Vaccination in Bombay 1869-1873 - 1869-1873
Year: 1869
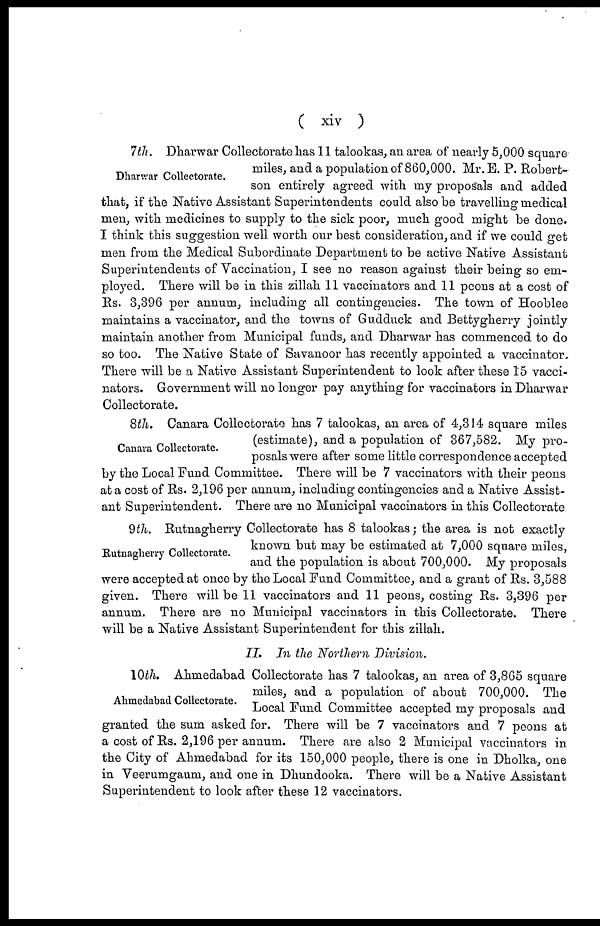
( xiv )
Dharwar Collectorate.
7 th. Dharwar Collectorate has 11 talookas, an area of nearly 5,000 square
miles, and a population of 860,000. Mr. E. P. Robert-
son entirely agreed with my proposals and added
that, if the Native Assistant Superintendents could also be travelling medical
men, with medicines to supply to the sick poor, much good might be done.
I think this suggestion well worth our best consideration, and if we could get
men from the Medical Subordinate Department to be active Native Assistant
Superintendents of Vaccination, I see no reason against their being so em-
ployed. There will be in this zillah 11 vaccinators and 11 peons at a cost of
Rs. 3,396 per annum, including all contingencies. The town of Hooblee
maintains a vaccinator, and the towns of Gudduck and Bettygherry jointly
maintain another from Municipal funds, and Dharwar has commenced to do
so too. The Native State of Savanoor has recently appointed a vaccinator.
There will be a Native Assistant Superintendent to look after these 15 vacci-
nators. Government will no longer pay anything for vaccinators in Dharwar
Collectorate.
Canara Collectorate.
8th. Canara Collectorate has 7 talookas, an area of 4,314 square miles
(estimate), and a population of 367,582. My pro-
posals were after some little correspondence accepted
by the Local Fund Committee. There will be 7 vaccinators with their peons
at a cost of Rs. 2,196 per annum, including contingencies and a Native Assist-
ant Superintendent. There are no Municipal vaccinators in this Collectorate
Rutnagherry Collectorate.
9th. Rutnagherry Collectorate has 8 talookas; the area is not exactly
known but may be estimated at 7,000 square miles,
and the population is about 700,000. My proposals
were accepted at once by the Local Fund Committee, and a grant of Rs. 3,588
given. There will be 11 vaccinators and 11 peons, costing Rs. 3,396 per
annum. There are no Municipal vaccinators in this Collectorate. There
will be a Native Assistant Superintendent for this zillah.
II. In the Northern Division.
Ahmedabad Collectorate.
10th. Ahmedabad Collectorate has 7 talookas, an area of 3,865 square
miles, and a population of about 700,000. The
Local Fund Committee accepted my proposals and
granted the sum asked for. There will be 7 vaccinators and 7 peons at
a cost of Rs. 2,196 per annum. There are also 2 Municipal vaccinators in
the City of Ahmedabad for its 150,000 people, there is one in Dholka, one
in Veerumgaum, and one in Dhundooka. There will be a Native Assistant
Superintendent to look after these 12 vaccinators.